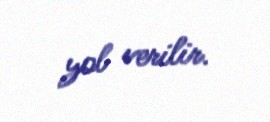
yol verilir.